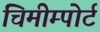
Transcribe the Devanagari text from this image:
चिमीम्पोर्ट